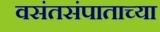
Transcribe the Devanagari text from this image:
वसंतसंपाताच्या